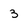
Character: 3